Civil Veterinary Department ledger series I-VI
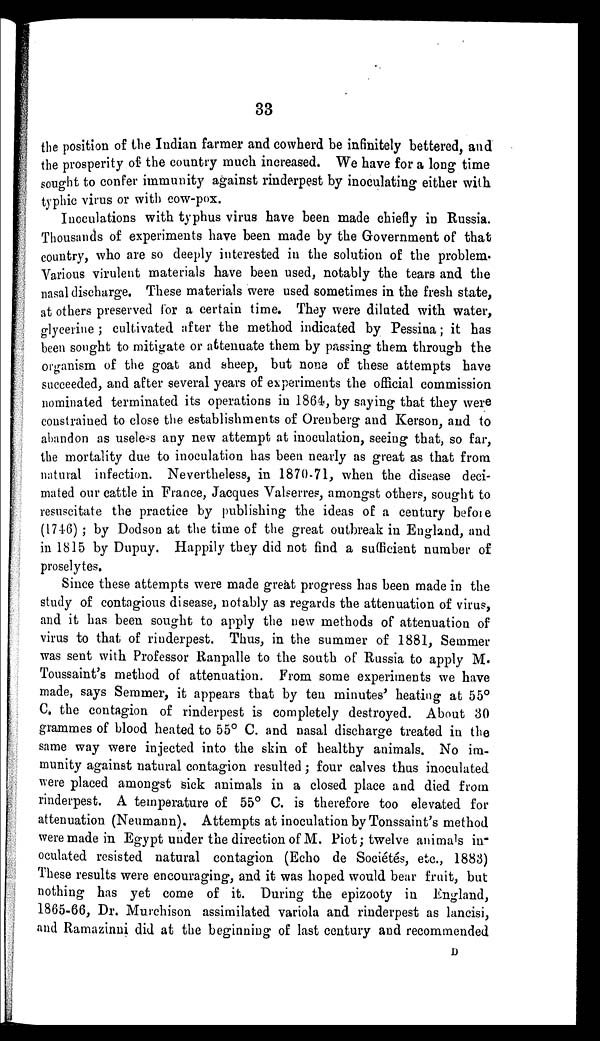
33
the position of the Indian farmer and cowherd be infinitely bettered, and
the prosperity of the country much increased. We have for a long time
sought to confer immunity against rinderpest by inoculating either with
typhic virus or with cow-pox.
Inoculations with typhus virus have been made chiefly in Russia.
Thousands of experiments have been made by the Government of that
country, who are so deeply interested in the solution of the problem.
Various virulent materials have been used, notably the tears and the
nasal discharge. These materials were used sometimes in the fresh state,
at others preserved for a certain time. They were diluted with water,
glycerine ; cultivated after the method indicated by Pessina; it has
been sought to mitigate or attenuate them by passing them through the
organism of the goat and sheep, but none of these attempts have
succeeded, and after several years of experiments the official commission
nominated terminated its operations in 1864, by saying that they were
constrained to close the establishments of Orenberg and Kerson, and to
abandon as useless any new attempt at inoculation, seeing that, so far,
the mortality due to inoculation has been nearly as great as that from
natural infection. Nevertheless, in 1870-71, when the disease deci-
mated our cattle in France, Jacques Valserres, amongst others, sought to
resuscitate the practice by publishing the ideas of a century before
(1746) ; by Dodson at the time of the great outbreak in England, and
in 1815 by Dupuy. Happily they did not find a sufficient number of
proselytes.
Since these attempts were made great progress has been made in the
study of contagious disease, notably as regards the attenuation of virus,
and it has been sought to apply the new methods of attenuation of
virus to that of rinderpest. Thus, in the summer of 1881, Semmer
was sent with Professor Ranpalle to the south of Russia to apply M.
Toussaint's method of attenuation. From some experiments we have
made, says Semmer, it appears that by ten minutes' heating at 55º
C. the contagion of rinderpest is completely destroyed. About 30
grammes of blood heated to 55° C. and nasal discharge treated in the
same way were injected into the skin of healthy animals. No im-
munity against natural contagion resulted; four calves thus inoculated
were placed amongst sick animals in a closed place and died from
rinderpest. A temperature of 55° C. is therefore too elevated for
attenuation (Neumann). Attempts at inoculation by Tonssaint's method
were made in Egypt under the direction of M. Piot; twelve animals in-
oculated resisted natural contagion (Echo de Sociétés, etc., 1883)
These results were encouraging, and it was hoped would bear fruit, but
nothing has yet come of it. During the epizooty in England,
1865-66, Dr. Murchison assimilated variola and rinderpest as lancisi,
and Ramazinni did at the beginning of last century and recommended
D